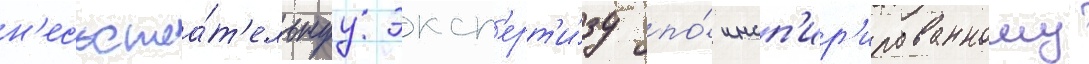
н'есостоа́т'ельнуу эксп'ерт'и́зу по́ инсп'ир'ированному